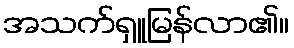
အသက်ရှူမြန်လာ၏။